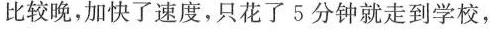
比较晚，加快了速度，只花了 5 分钟就走到学校，